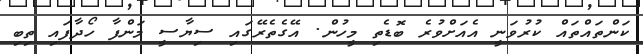
ކަންތައްތައް ކުރުވަނީ އެއަށްވުރެ ބޮޑެތި މީހުން. އޭގެތެރޭގައި ސިޔާސީ މަންފާ ހޯދާފައި ތިބި